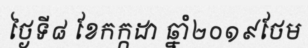
ថ្ងៃទី៨ ខែកក្កដា ឆ្នាំ២០១៩ថែម